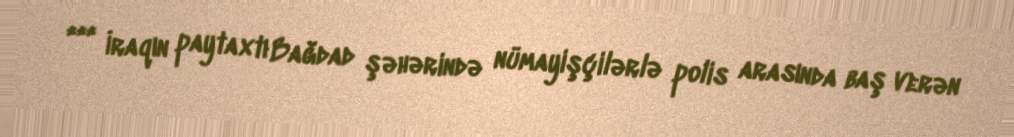
*** İraqın paytaxtı Bağdad şəhərində nümayişçilərlə polis arasında baş verən